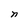
Character: n